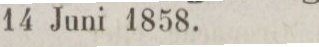
14 Juni 1858.